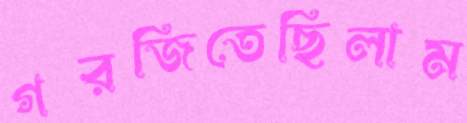
গরজিতেছিলাম